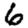
Digit: 6